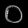
Digit: ၀